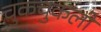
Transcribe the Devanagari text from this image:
चुकचुकली